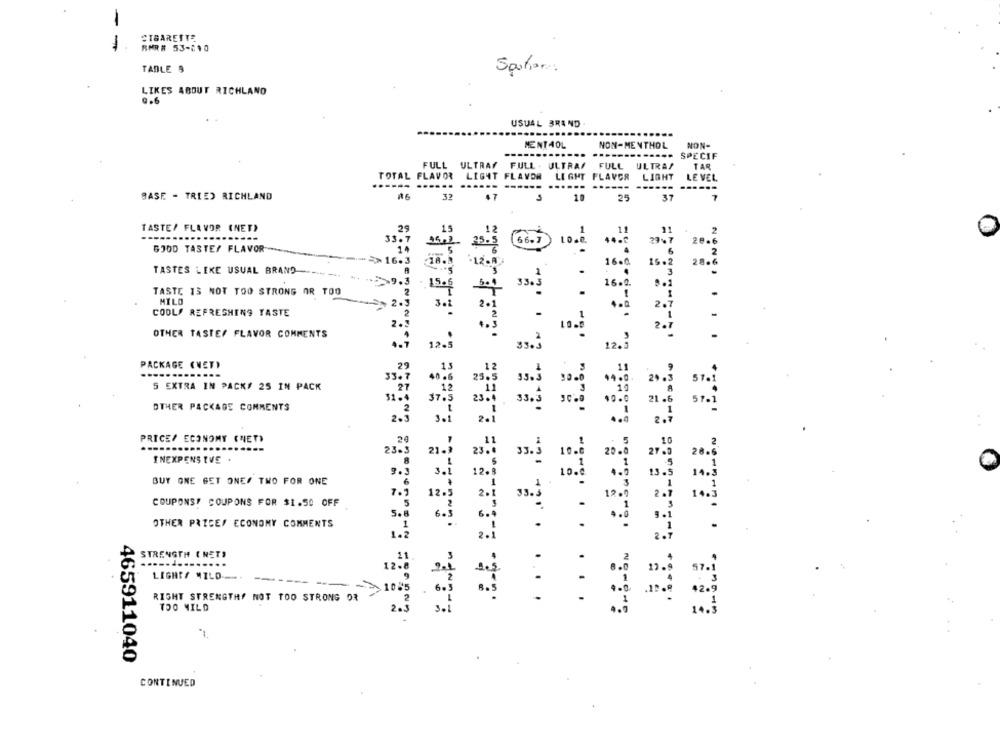
-
STBARETTE
-
SMR# 53-210
TABLE 9
LIKES ABOUT RICHLAND
0.6
USUAL BRAND
---
MENTHOL
NON-MENTHOL
NON-
........ ..... SPECIF
FULL ULTRAY
FULL ULTRAS
TAR
TOTAL FLAVOR
LIGHT FLAVOR
LIGHT FLAVOR
LIGHT
LE VEL
...... ......
BASE - TRIED RICHLAND
33
10
25
37
7
TASTE/ FLAVOR (NET)
29
33. 7
. 2
26.
GOOD TASTE/ FLAVOR
TASTES LEKE USUAL BRAND
16.
12-
16.
33.3
TASTE 13 NOT TOO STRONG OR TOO
150 f
16 . 0
. . ]
MILO
2.
COOL/ REFRESHING TASTE
3.
2 . 7
OTHER TASTEF FLAVOR COMMENTS
PACKAGE (VET)
33.
5 EXTRA IN PACK# 25 IN PACK
OTHER PACKAGE COMMENTS
PRICE/ ECONOMY (NET)
--.....
----
23-
INEXPENSIVE .
BUY ONE GET ONE/ TWO FOR ONE
COUPONS! COUPONS FOR $1.50 OFF
So
OTHER PRICES ECONOMY COMMENTS
STRENGTH ( NET)
LIGHTS MILO
10 %
RIGHT STRENGTHY NOT TOO STRONG OR
TOO MILD
2.3
465911040
CONTINUED